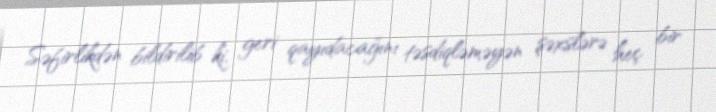
Səfirlikdən bildirilib ki, geri qayıdacağını təsdiqləməyən şəxslərə heç bir